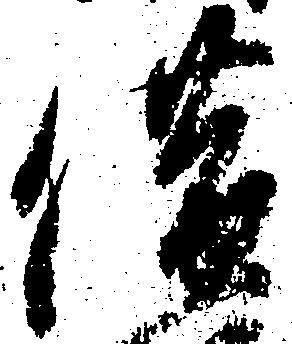
借